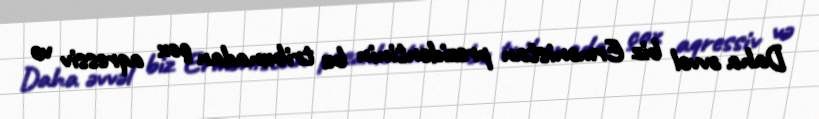
Daha əvvəl biz Ermənistan prezidentinin bu tribunadan çox aqressiv və